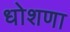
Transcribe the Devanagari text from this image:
धोशणा